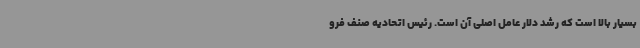
بسیار بالا است که رشد دلار عامل اصلی آن است. رئیس اتحادیه صنف فرو